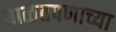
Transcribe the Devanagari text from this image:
बाळंतपणाच्या